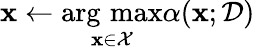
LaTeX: \mathbf{x}\gets\operatorname*{arg\, max}_{\mathbf{x}\in\mathcal{X}}\alpha(\mathbf{x};\mathcal{D})